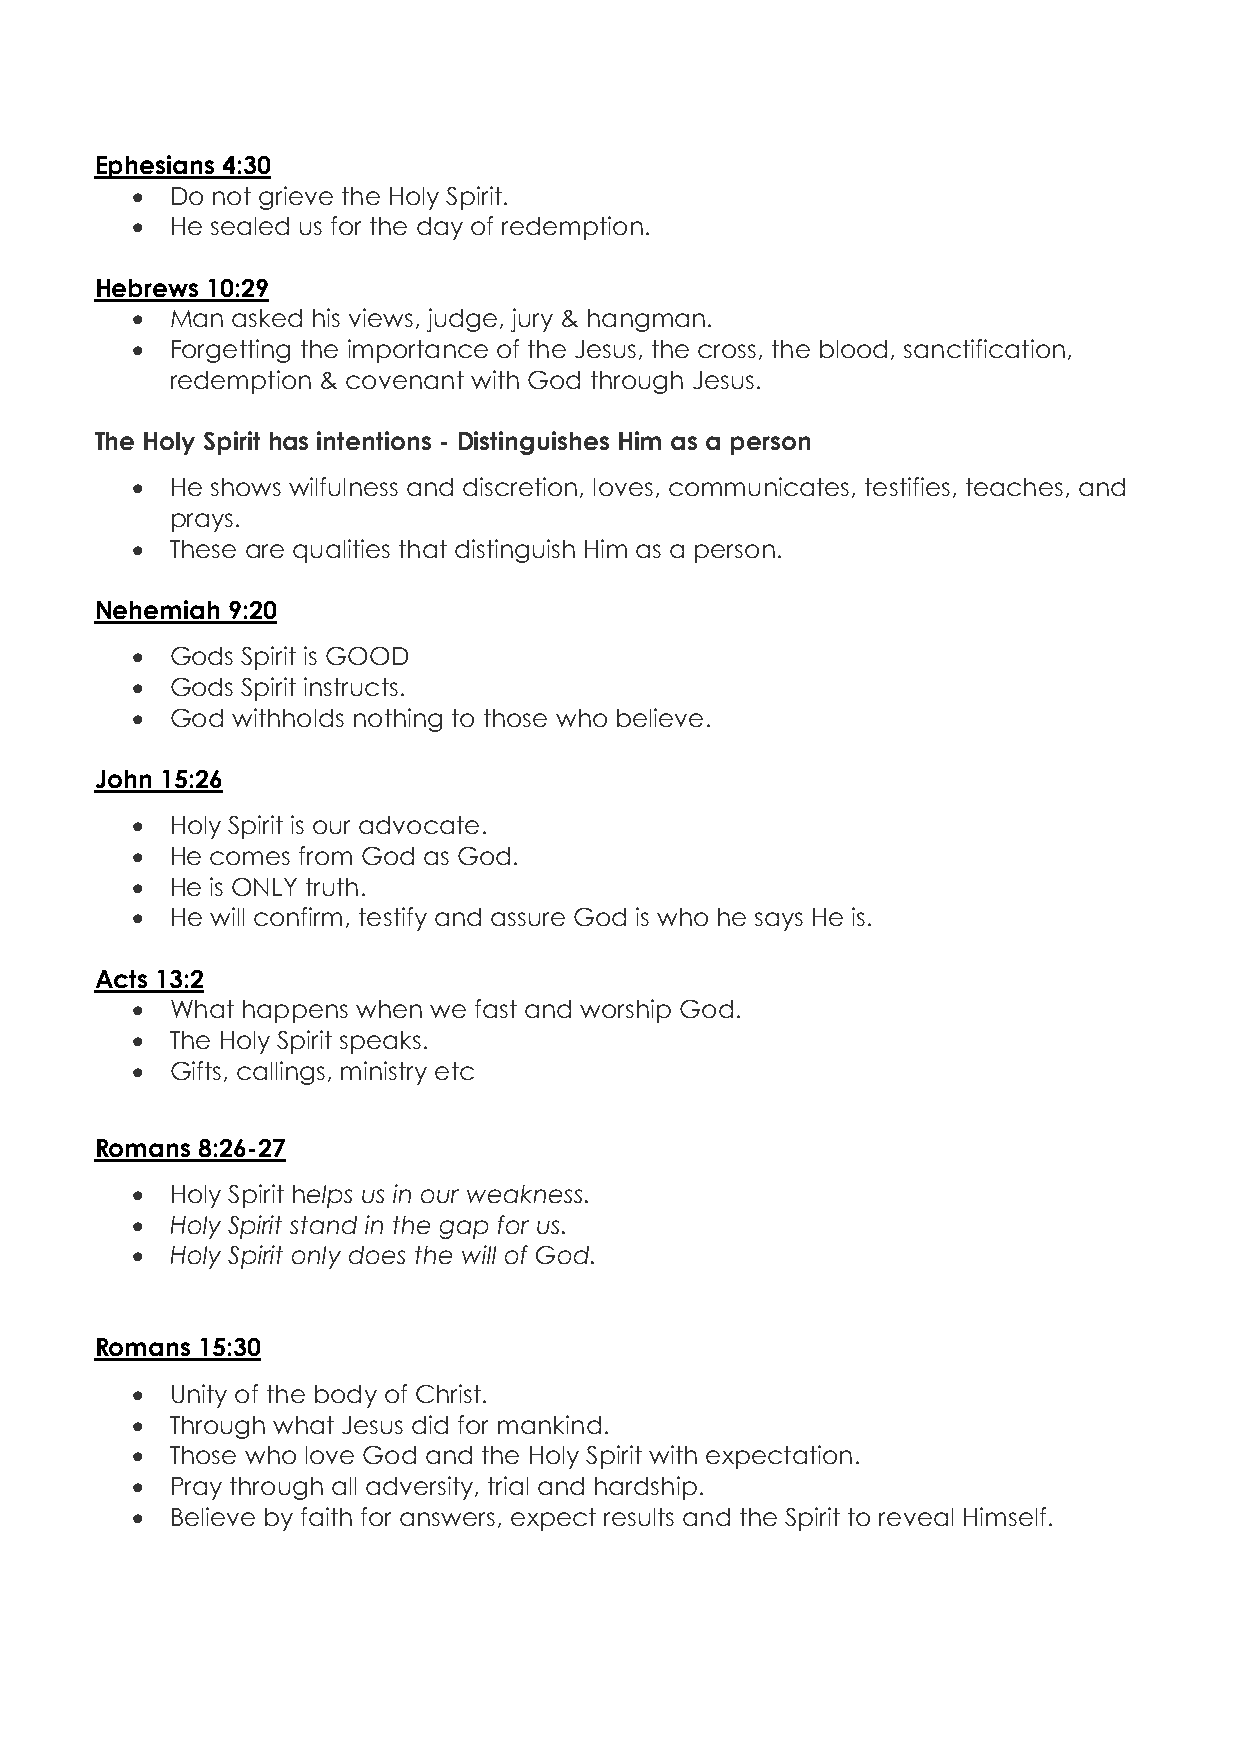
Ephesians 4:30
 • Do not grieve the Holy Spirit.
 • He sealed us for the day of redemption.
 Hebrews 10:29
 • Man asked his views, judge, jury & hangman.
 • Forgetting the importance of the Jesus, the cross, the blood, sanctification,
 redemption & covenant with God through Jesus.
 The Holy Spirit has intentions - Distinguishes Him as a person
 • He shows wilfulness and discretion, loves, communicates, testifies, teaches, and
 prays.
 • These are qualities that distinguish Him as a person.
 Nehemiah 9:20
 • Gods Spirit is GOOD
 • Gods Spirit instructs.
 • God withholds nothing to those who believe.
 John 15:26
 • Holy Spirit is our advocate.
 • He comes from God as God.
 • He is ONLY truth.
 • He will confirm, testify and assure God is who he says He is.
 Acts 13:2
 • What happens when we fast and worship God.
 • The Holy Spirit speaks.
 • Gifts, callings, ministry etc
 Romans 8:26-27
 • Holy Spirit helps us in our weakness.
 • Holy Spirit stand in the gap for us.
 • Holy Spirit only does the will of God.
 Romans 15:30
 • Unity of the body of Christ.
 • Through what Jesus did for mankind.
 • Those who love God and the Holy Spirit with expectation.
 • Pray through all adversity, trial and hardship.
 • Believe by faith for answers, expect results and the Spirit to reveal Himself.
 15